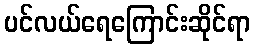
ပင်လယ်ရေကြောင်းဆိုင်ရာ